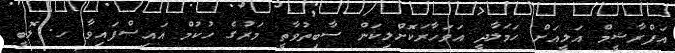
އަފްރާޝީމް އަލީއަށް ހަމަލާދީ އަވަހާރަކޮށްލިކަން ސާބިތުވާތީ މަރުގެ ހުކުމް އައިސްފައިވާ ހ. ލޮބީ